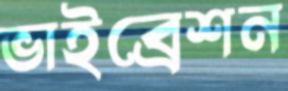
ভাইব্রেশন